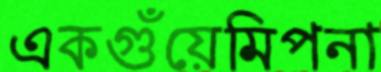
একগুঁয়েমিপনা